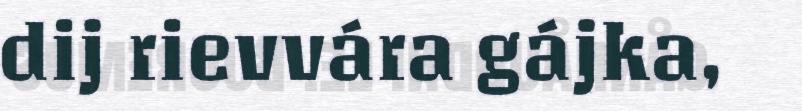
dij rievvára gájka,